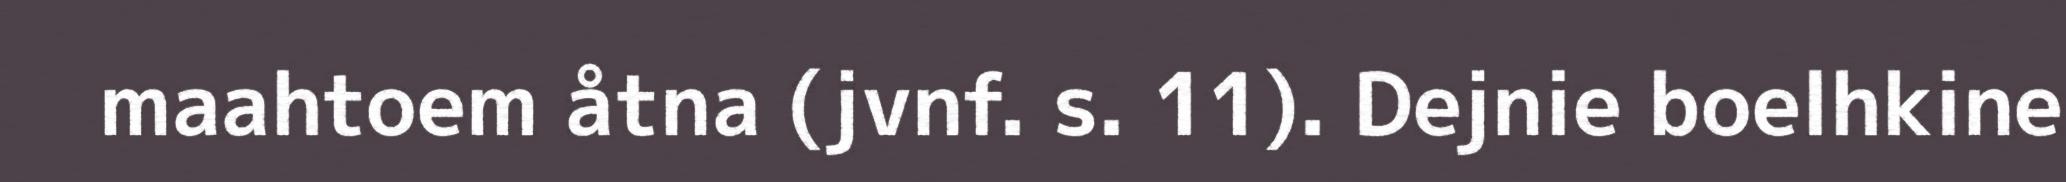
maahtoem åtna (jvnf. s. 11). Dejnie boelhkine